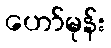
ဟော်မုန်း